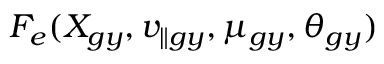
F _ { e } ( X _ { g y } , v _ { \parallel g y } , \mu _ { g y } , \theta _ { g y } )